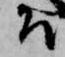
そ